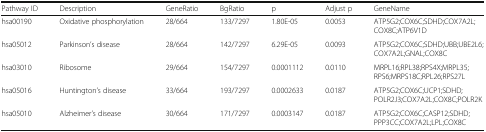
<table><thead><tr><td><b>Pathway ID</b></td><td><b>Description</b></td><td><b>GeneRatio</b></td><td><b>BgRatio</b></td><td><b>p</b></td><td><b>Adjust p</b></td><td><b>GeneName</b></td></tr></thead><tbody><tr><td>hsa00190</td><td>Oxidative phosphorylation</td><td>28/664</td><td>133/7297</td><td>1.80E-05</td><td>0.0053</td><td>ATP5G2;COX6C;SDHD;COX7A2L;COX8C;ATP6V1D</td></tr><tr><td>hsa05012</td><td>Parkinson’s disease</td><td>28/664</td><td>142/7297</td><td>6.29E-05</td><td>0.0093</td><td>ATP5G2;COX6C;SDHD;UBB;UBE2L6;COX7A2L;GNAL;COX8C</td></tr><tr><td>hsa03010</td><td>Ribosome</td><td>29/664</td><td>154/7297</td><td>0.0001112</td><td>0.0110</td><td>MRPL16;RPL38;RPS4X;MRPL35;RPS6;MRPS18C;RPL26;RPS27L</td></tr><tr><td>hsa05016</td><td>Huntington’s disease</td><td>33/664</td><td>193/7297</td><td>0.0002633</td><td>0.0187</td><td>ATP5G2;COX6C;UCP1;SDHD;POLR2J3;COX7A2L;COX8C;POLR2K</td></tr><tr><td>hsa05010</td><td>Alzheimer’s disease</td><td>30/664</td><td>171/7297</td><td>0.0003147</td><td>0.0187</td><td>ATP5G2;COX6C;CASP12;SDHD;PPP3CC;COX7A2L;LPL;COX8C</td></tr></tbody></table>